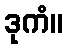
ဒုကံ။